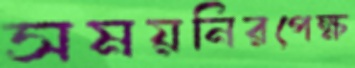
সময়নিরপেক্ষ